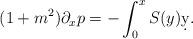
LaTeX: \begin{align*} (1+m^2)\partial_x p = - \int_0^x S(y) \d y.\end{align*}